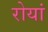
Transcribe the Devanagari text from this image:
रोयां